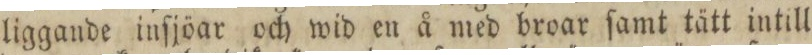
liggande inſjöar och wid en å med broar ſamt tätt intill